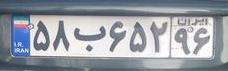
۵۸ب۶۵۲۹۶